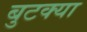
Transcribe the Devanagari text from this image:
बुटक्‍या